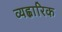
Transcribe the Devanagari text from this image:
व्यह्वारिक